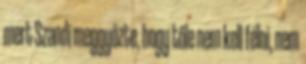
mert Szandi meggyőzte, hogy tőle nem kell félni, nem